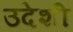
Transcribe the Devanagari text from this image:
उदेशी